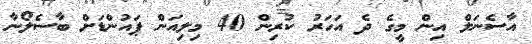
އާސެނަލް އިން މީގެ ދެ އަހަރު ކުރިން 40 މިލިއަން ޕައުންޑަށް ބާސެލޯނާ